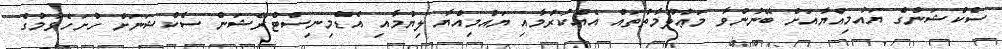
ސެކްޝަންގެ ޔައުމިއްޔާއަށް ބޭނުންވާ މަޢުލޫމާތުތައް އެއްކުރުމާއި ޔައުމިއްޔާ ލިޔުމާއި އެޑްމިނިސްޓްރޭޝަން ސެކްޝަނަށް ހުށަހެޅުމުގެ